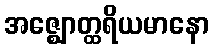
အဇ္ဈောတ္ထရိယမာနော